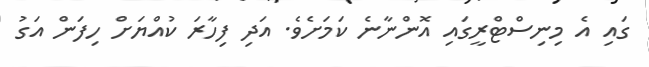
ގައި އެ މިނިސްޓްރީގައި އޮންނާނެ ކަމަށެވެ. އަދި ފިހާރަ ކުއްޔަށް ހިފަން އަގު